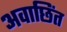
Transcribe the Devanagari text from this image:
अवाछिंत